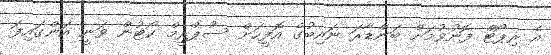
އެ ރިޕޯޓް ފޮނުވުމަށް ބަންޑާރަ ނައިބުގެ އޮފީހަށް ސުޕްރީމް ކޯޓުން ވަނީ އަންގައިފަ